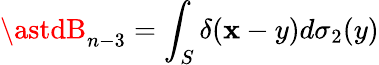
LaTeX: \astdB_{n-3}=\int_{S}\delta(\mathbf{x}-y)d\sigma_{2}(y)